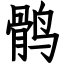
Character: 鹘